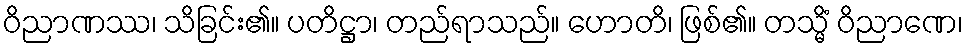
ဝိညာဏဿ၊ သိခြင်း၏။ ပတိဋ္ဌာ၊ တည်ရာသည်။ ဟောတိ၊ ဖြစ်၏။ တသ္မိံ ဝိညာဏေ၊